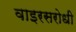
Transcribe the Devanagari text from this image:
वाइरसरोधी